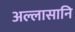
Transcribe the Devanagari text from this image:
अल्लासानि